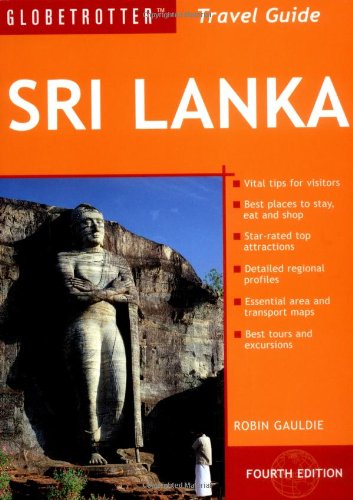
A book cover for Sri Lanka Travel Pack (Globetrotter Travel Packs); Robin Gauldie; Travel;